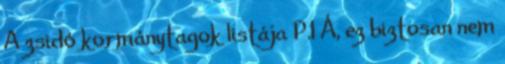
A zsidó kormánytagok listája P.I Á, ez biztosan nem